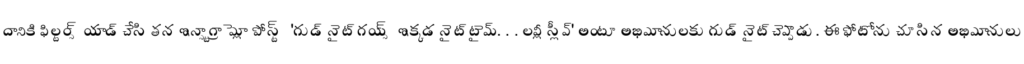
దానికి ఫిల్టర్స్ యాడ్ చేసి తన ఇన్స్టాగ్రామ్లో పోస్ట్ 'గుడ్ నైట్ గయ్స్ ఇక్కడ నైట్ టైమ్. . . లవ్లీ స్లీప్' అంటూ అభిమానులకు గుడ్ నైట్ చెప్పాడు. ఈ ఫోటోను చూసిన అభిమానులు